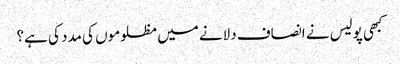
کبھی پولیس نے انصاف دلانے میں مظلوموں کی مدد کی ہے؟